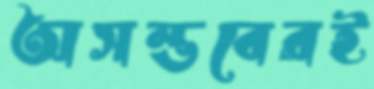
অসম্ভবেরই